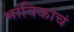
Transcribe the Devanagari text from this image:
भाविकांचं